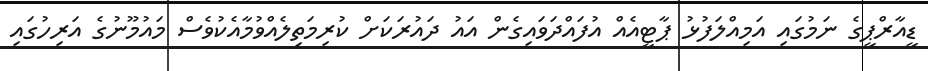
ޑީއާރްޕީގެ ނަމުގައި އަމިއްލަފުޅު ޕާޓީއެއް އުފައްދަވައިގެން އައު ދައުރަކަށް ކުރިމަތިލެއްވުމާއެކުވެސް މައުމޫނުގެ އަރިހުގައި